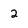
Character: 2